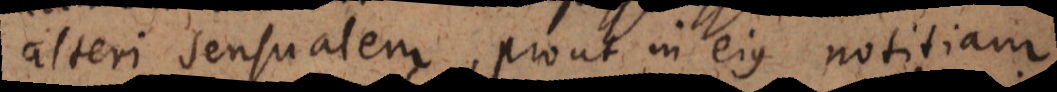
alteri sensualem, prout in ejus notitiam